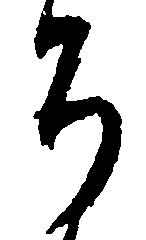
か